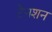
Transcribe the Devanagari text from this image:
टेनशन